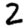
Digit: 2